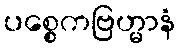
ပစ္စေကဗြဟ္မာနံ